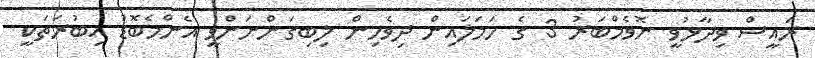
ރައީސް ވިދާޅުވީ ނޮވެމްބަރު 3 ގެ ހަމަލައިން ދިވެހިން ލިބިގަންނަންވީ އެންމެބޮޑު އިބުރަތަކީ